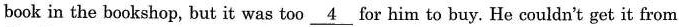
book in the bookshop, but it was too \underline{ 4} for him to buy. He couldn't get it from